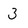
Character: 3